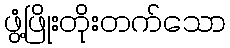
ဖွံ့ဖြိုးတိုးတက်သော